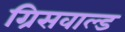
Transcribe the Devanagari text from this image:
ग्रिसवाल्ड